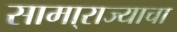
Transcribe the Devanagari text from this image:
सामा्राज्याचा